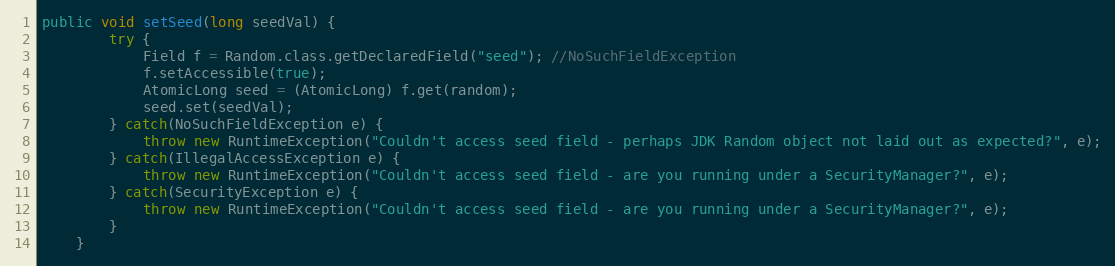
Language: Java
public void setSeed(long seedVal) {
		try {
			Field f = Random.class.getDeclaredField("seed"); //NoSuchFieldException
			f.setAccessible(true);
			AtomicLong seed = (AtomicLong) f.get(random);
			seed.set(seedVal);
		} catch(NoSuchFieldException e) {
			throw new RuntimeException("Couldn't access seed field - perhaps JDK Random object not laid out as expected?", e);
		} catch(IllegalAccessException e) {
			throw new RuntimeException("Couldn't access seed field - are you running under a SecurityManager?", e);
		} catch(SecurityException e) {
			throw new RuntimeException("Couldn't access seed field - are you running under a SecurityManager?", e);
		}
	}